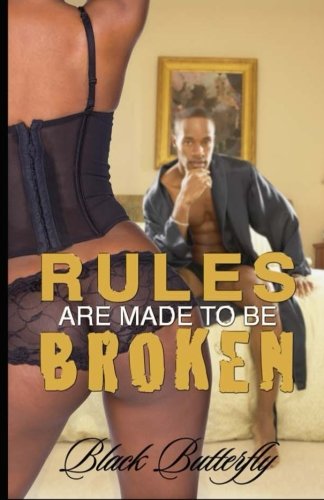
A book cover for Rules Are Made To Be Broken; Black Butterfly; Romance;